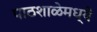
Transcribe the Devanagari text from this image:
पाठशाळेमध्ये